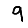
Digit: 9